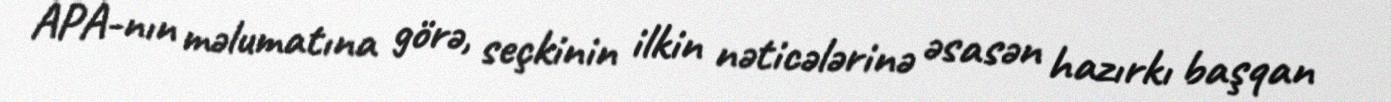
APA-nın məlumatına görə, seçkinin ilkin nəticələrinə əsasən hazırkı başqan